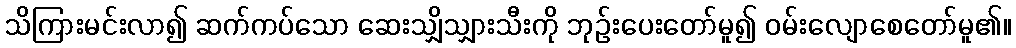
သိကြားမင်းလာ၍ ဆက်ကပ်သော ဆေးသျှိသျှားသီးကို ဘုဉ်းပေးတော်မူ၍ ဝမ်းလျောစေတော်မူ၏။